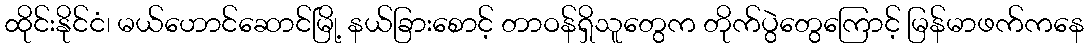
ထိုင်းနိုင်ငံ၊ မယ်ဟောင်ဆောင်မြို့ နယ်ခြားစောင့် တာဝန်ရှိသူတွေက တိုက်ပွဲတွေကြောင့် မြန်မာဖက်ကနေ